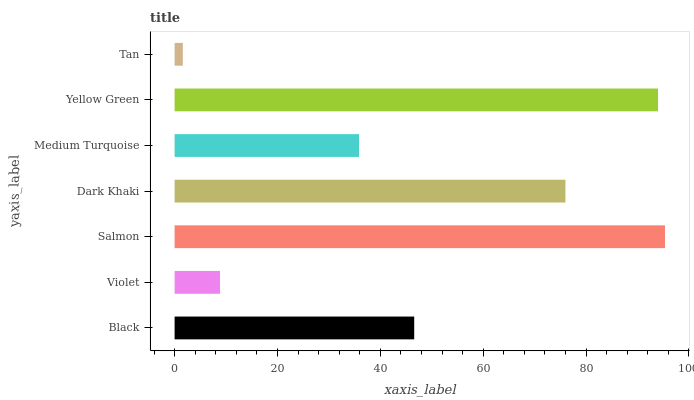
| yaxis_label | bars |
 | --- | --- |
 | Black | 46.6 |
 | Violet | 8.83 |
 | Salmon | 95.3 |
 | Dark Khaki | 76 |
 | Medium Turquoise | 35.9 |
 | Yellow Green | 94 |
 | Tan | 1.6 |